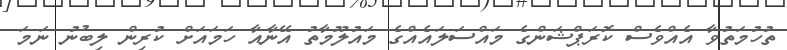
ތުހުމަތުވާ އެއްވެސް ކޮރަޕްޝަންގެ މައްސަލައެއްގެ މައުލޫމާތު އޭނާއާ ހަމައަށް ކުރިން ލިބުނު ނަމަ